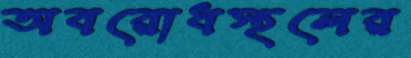
অবরোধস্থলের